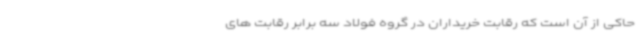
حاکی از آن است که رقابت خریداران در گروه فولاد سه برابر رقابت های